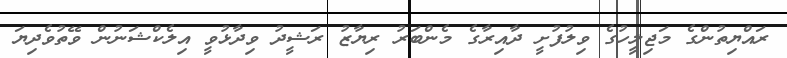
ރައްޔިތުންގެ މަޖިލީހުގެ ވިލުފުށީ ދާއިރާގެ މެންބަރު ރިޔާޒު ރަޝީދު ވިދާޅުވީ އިލެކްޝަނުން ވޭތުވެދިޔަ